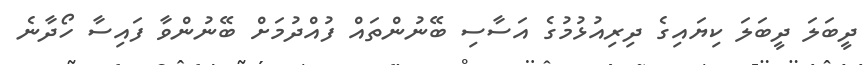
ދީބަލަ ދީބަލަ ކިޔައިގެ ދިރިއުޅުމުގެ އަސާސި ބޭނުންތައް ފުއްދުމަށް ބޭނުންވާ ފައިސާ ހޯދާނެ